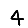
Digit: 4